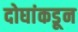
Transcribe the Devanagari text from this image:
दोघांकडून